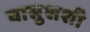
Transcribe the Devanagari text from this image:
वासुशशी